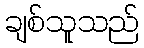
ချစ်သူသည်